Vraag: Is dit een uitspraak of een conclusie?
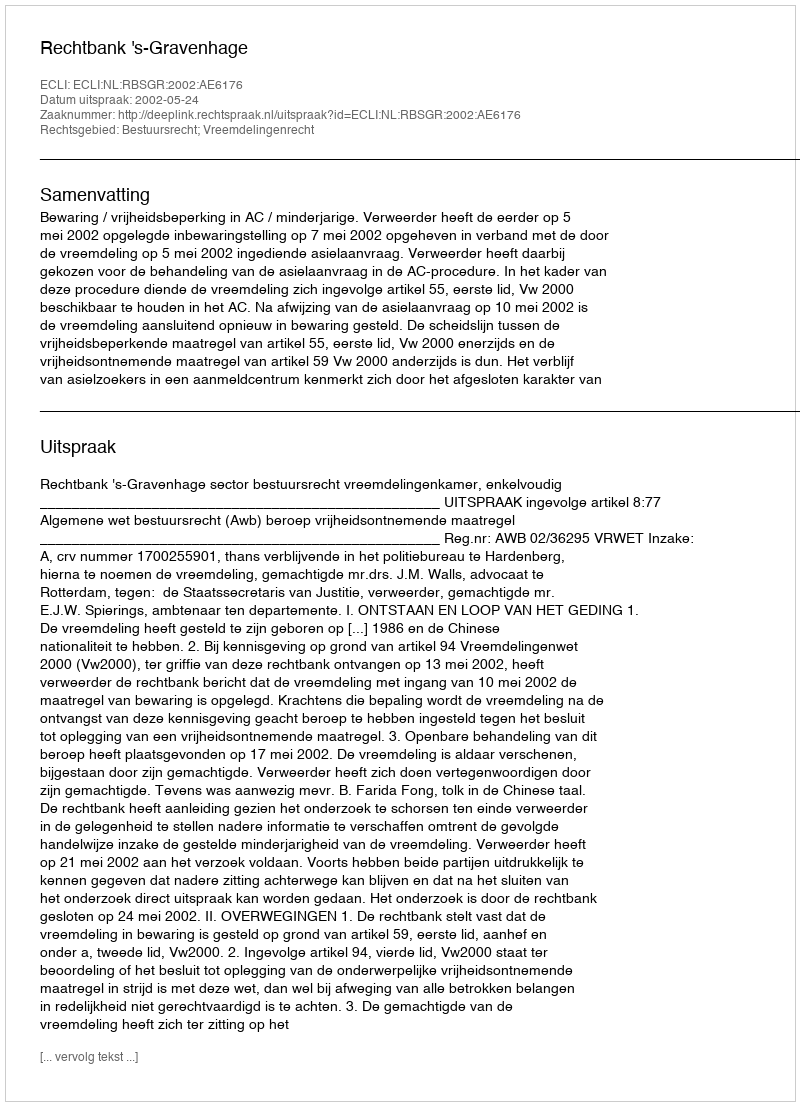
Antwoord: Uitspraak